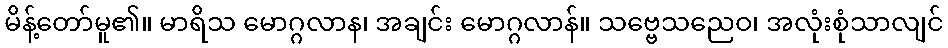
မိန့်တော်မူ၏။ မာရိသ မောဂ္ဂလာန၊ အချင်း မောဂ္ဂလာန်။ သဗ္ဗေသညေဝ၊ အလုံးစုံသာလျင်